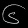
Digit: ၆